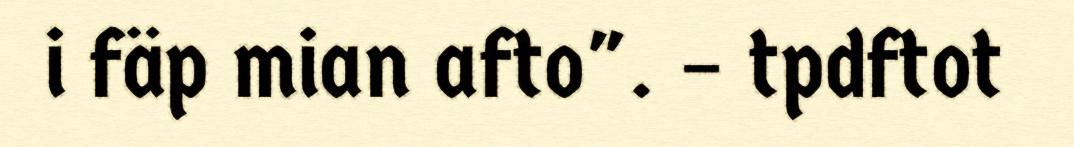
i fäp mian afto". – tpdftot